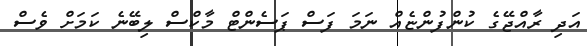
އަދި ރާއްޖޭގެ ކުންފުންޏެއް ނަމަ ފަސް ޕަސެންޓް މާކްސް ލިބޭނެ ކަމަށް ވެސް